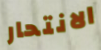
الانتحار